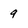
Character: 9